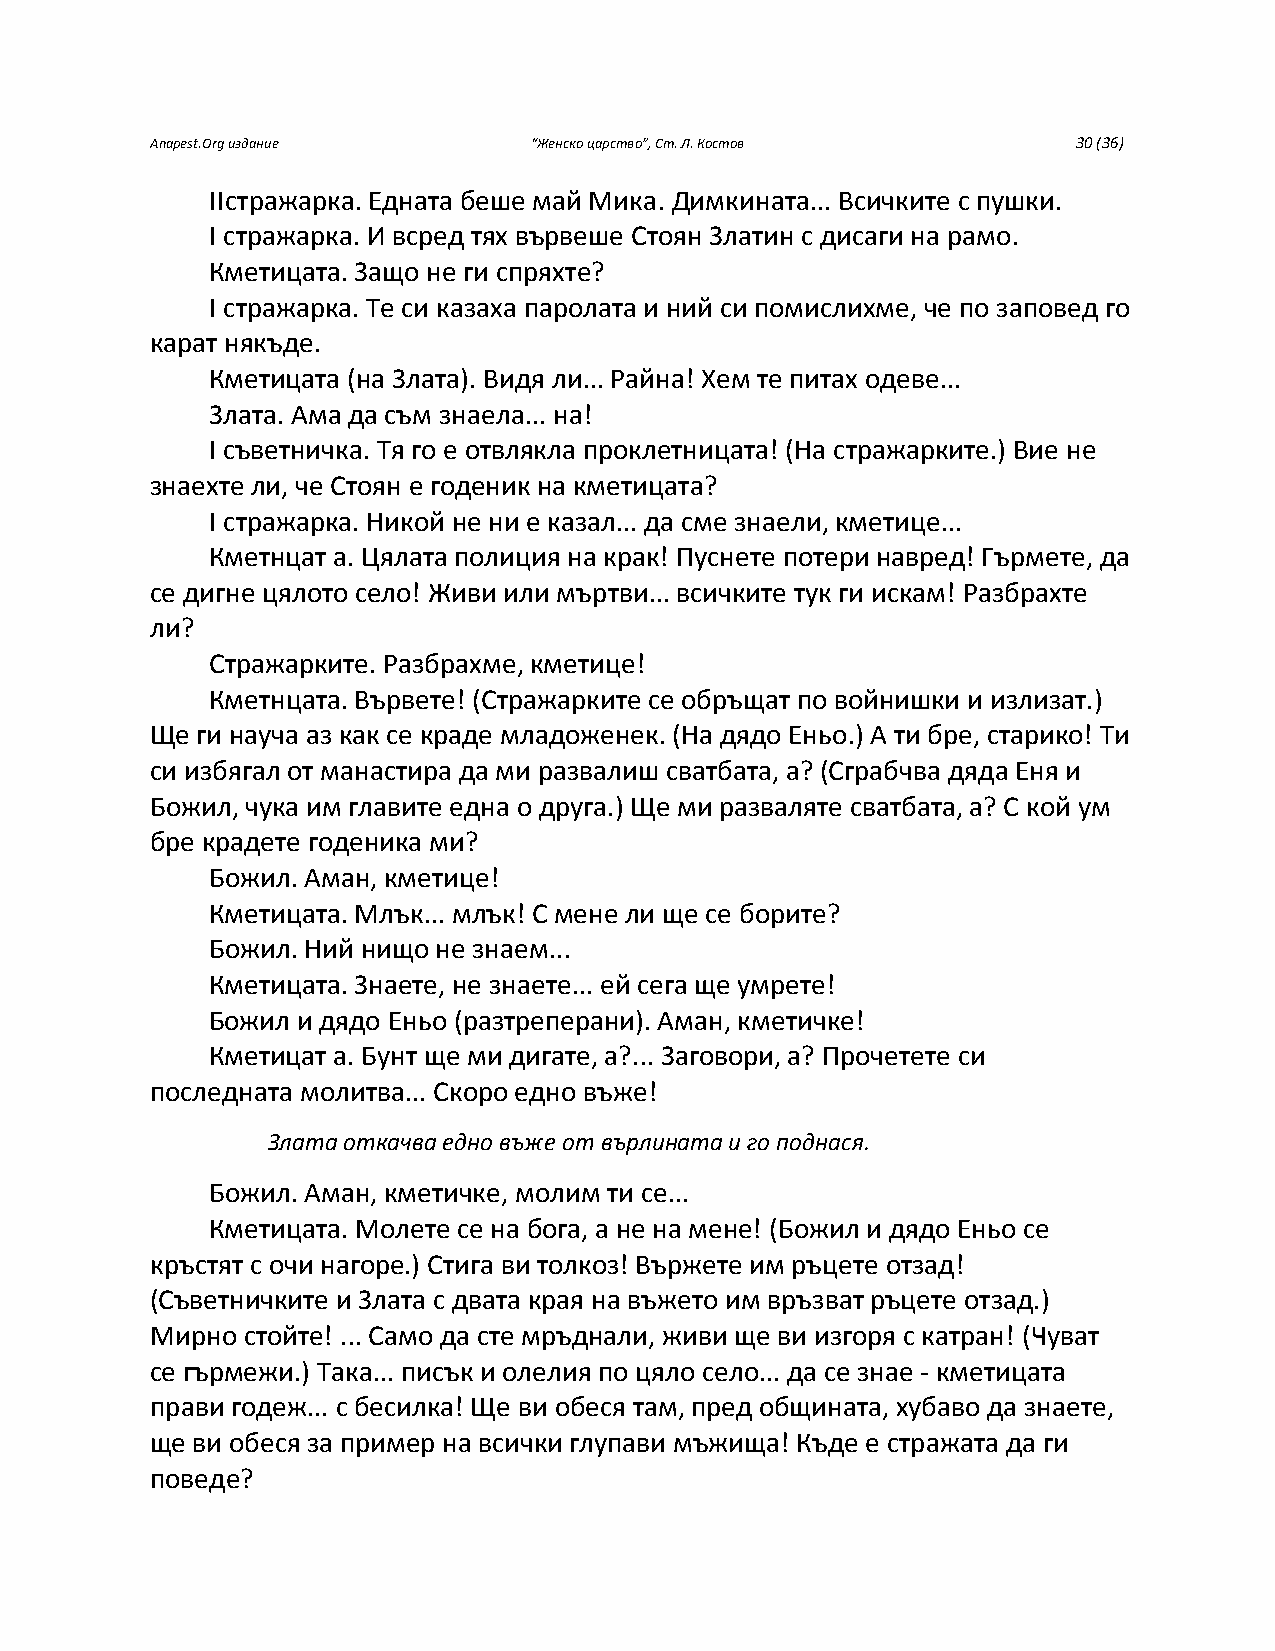
Anapest.Org издание      “Женско царство”, Ст. Л. Костов     30 (36)
 IIстражарка. Едната беше май Мика. Димкината... Всичките с пушки.
 I стражарка. И всред тях вървеше Стоян Златин с дисаги на рамо.
 Кметицата. Защо не ги спряхте?
 I стражарка. Те си казаха паролата и ний си помислихме, че по заповед го
 карат някъде.
 Кметицата (на Злата). Видя ли... Райна! Хем те питах одеве...
 Злата. Ама да съм знаела... на!
 I съветничка. Тя го е отвлякла проклетницата! (На стражарките.) Вие не
 знаехте ли, че Стоян е годеник на кметицата?
 I стражарка. Никой не ни е казал... да сме знаели, кметице...
 Кметнцат а. Цялата полиция на крак! Пуснете потери навред! Гърмете, да
 се дигне цялото село! Живи или мъртви... всичките тук ги искам! Разбрахте
 ли?
 Стражарките. Разбрахме, кметице!
 Кметнцата. Вървете! (Стражарките се обръщат по войнишки и излизат.)
 Ще ги науча аз как се краде младоженек. (На дядо Еньо.) А ти бре, старико! Ти
 си избягал от манастира да ми развалиш сватбата, а? (Сграбчва дяда Еня и
 Божил, чука им главите една о друга.) Ще ми разваляте сватбата, а? С кой ум
 бре крадете годеника ми?
 Божил. Аман, кметице!
 Кметицата. Млък... млък! С мене ли ще се борите?
 Божил. Ний нищо не знаем...
 Кметицата. Знаете, не знаете... ей сега ще умрете!
 Божил и дядо Еньо (разтреперани). Аман, кметичке!
 Кметицат а. Бунт ще ми дигате, а?... Заговори, а? Прочетете си
 последната молитва... Скоро едно въже!
 Злата откачва едно въже от върлината и го поднася.
 Божил. Аман, кметичке, молим ти се...
 Кметицата. Молете се на бога, а не на мене! (Божил и дядо Еньо се
 кръстят с очи нагоре.) Стига ви толкоз! Вържете им ръцете отзад!
 (Съветничките и Злата с двата края на въжето им връзват ръцете отзад.)
 Мирно стойте! ... Само да сте мръднали, живи ще ви изгоря с катран! (Чуват
 се гърмежи.) Така... писък и олелия по цяло село... да се знае - кметицата
 прави годеж... с бесилка! Ще ви обеся там, пред общината, хубаво да знаете,
 ще ви обеся за пример на всички глупави мъжища! Къде е стражата да ги
 поведе?